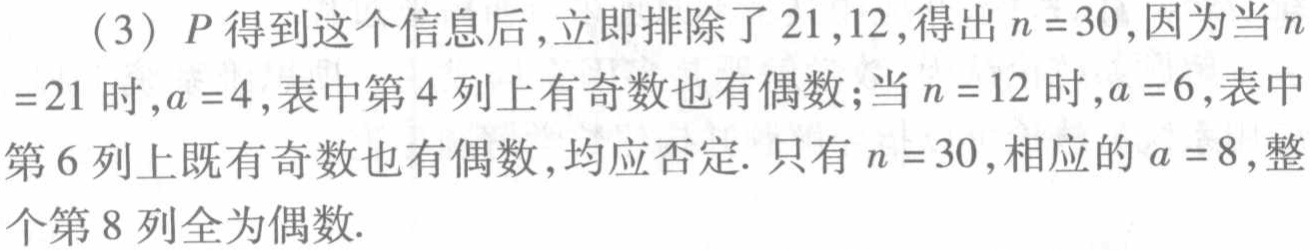
(3) \(P\)得到这个信息后,立即排除了 \(21,12\),得出 \(n = 30\),因为当 \(n\)
\(=21\)时,\(a = 4\),表中第 \(4\)列上有奇数也有偶数;当 \(n = 12\)时,\(a = 6\),表中
第 \(6\)列上既有奇数也有偶数,均应否定. 只有 \(n = 30\),相应的 \(a = 8\),整
个第 \(8\)列全为偶数.